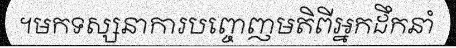
។មកទស្សនាការបញ្ចេញមតិពីអ្នកដឹកនាំ